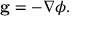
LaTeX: \mathbf { g } = - \nabla \phi .